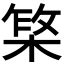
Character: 𬃥